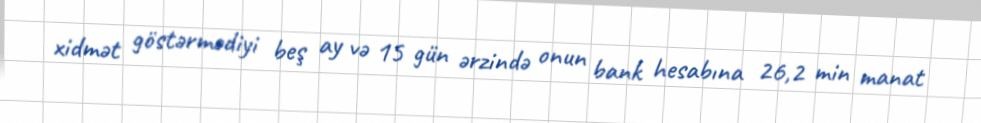
xidmət göstərmədiyi beş ay və 15 gün ərzində onun bank hesabına 26,2 min manat